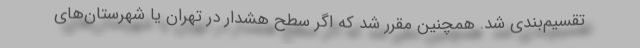
تقسیم‌بندی شد. همچنین مقرر شد که اگر سطح هشدار در تهران یا شهرستان‌های